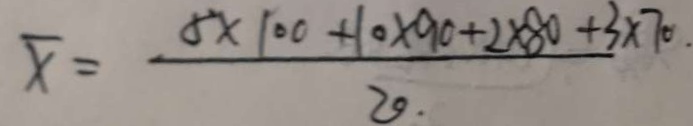
\overline { x } = \frac { 8 \times 1 0 0 + 1 0 \times 9 0 + 2 \times 8 0 + 3 \times 7 0 . } { 2 0 }